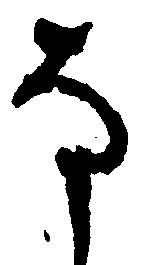
な